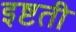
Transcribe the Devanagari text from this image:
इष्टती